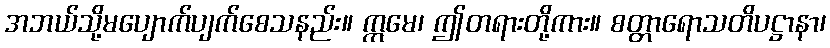
အဘယ်သို့မပျောက်ပျက်စေသနည်း။ ဣမေ၊ ဤတရားတို့ကား။ စတ္တာရောသတိပဋ္ဌာနာ၊